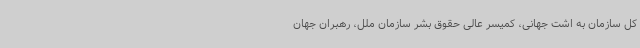
کل سازمان به اشت جهانی، کمیسر عالی حقوق بشر سازمان ملل، رهبران جهان